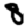
Digit: 8